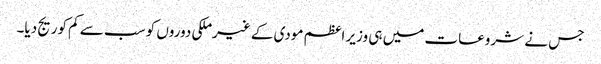
جس نے شروعات میں ہی وزیر اعظم مودی کے غیرملکی دوروں کو سب سے کم کوریج دیا۔